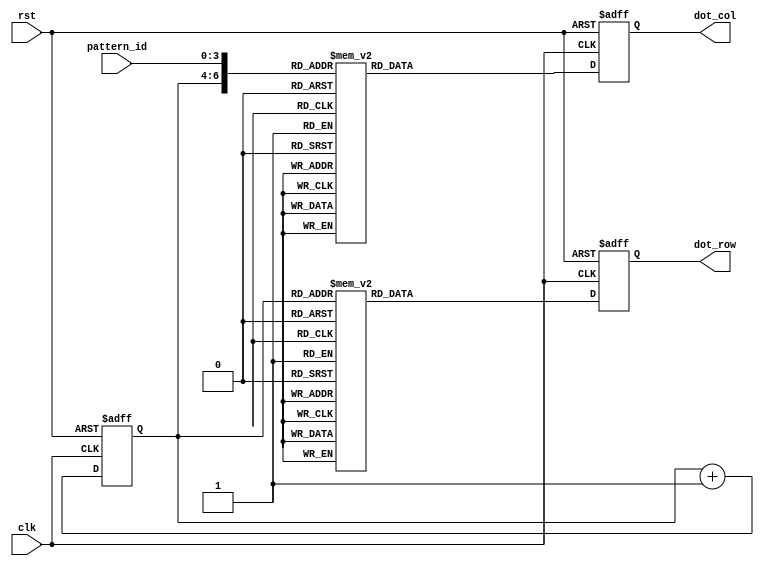
module display_matrix(clk, rst, pattern_id, dot_row, dot_col);
	input				clk, rst;
	input		[3:0]	pattern_id;
	output reg	[7:0]	dot_row, dot_col;
	reg			[2:0]	row_cnt;

	always @(posedge clk or negedge rst) begin
		if (!rst) begin
			dot_row <= 0;
			dot_col <= 0;
			row_cnt <= 0;
		end
		else begin
			case ({row_cnt, pattern_id})
				7'b000_0001: dot_col <= 8'b00000000;
				7'b001_0001: dot_col <= 8'b00000000;
				7'b010_0001: dot_col <= 8'b00000000;
				7'b011_0001: dot_col <= 8'b00000000;
				7'b100_0001: dot_col <= 8'b00010000;
				7'b101_0001: dot_col <= 8'b00000000;
				7'b110_0001: dot_col <= 8'b00000000;
				7'b111_0001: dot_col <= 8'b00000000;

				7'b000_0010: dot_col <= 8'b00000000;
				7'b001_0010: dot_col <= 8'b00000000;
				7'b010_0010: dot_col <= 8'b00000000;
				7'b011_0010: dot_col <= 8'b00011000;
				7'b100_0010: dot_col <= 8'b00011000;
				7'b101_0010: dot_col <= 8'b00000000;
				7'b110_0010: dot_col <= 8'b00000000;
				7'b111_0010: dot_col <= 8'b00000000;

				7'b000_0011: dot_col <= 8'b00000000;
				7'b001_0011: dot_col <= 8'b00000000;
				7'b010_0011: dot_col <= 8'b00000000;
				7'b011_0011: dot_col <= 8'b00110000;
				7'b100_0011: dot_col <= 8'b00101000;
				7'b101_0011: dot_col <= 8'b00010000;
				7'b110_0011: dot_col <= 8'b00000000;
				7'b111_0011: dot_col <= 8'b00000000;

				7'b000_0100: dot_col <= 8'b00000000;
				7'b001_0100: dot_col <= 8'b00000000;
				7'b010_0100: dot_col <= 8'b00000000;
				7'b011_0100: dot_col <= 8'b00010000;
				7'b100_0100: dot_col <= 8'b00101000;
				7'b101_0100: dot_col <= 8'b00010000;
				7'b110_0100: dot_col <= 8'b00000000;
				7'b111_0100: dot_col <= 8'b00000000;

				7'b000_0101: dot_col <= 8'b00000000;
				7'b001_0101: dot_col <= 8'b00000000;
				7'b010_0101: dot_col <= 8'b00000000;
				7'b011_0101: dot_col <= 8'b00011000;
				7'b100_0101: dot_col <= 8'b00100100;
				7'b101_0101: dot_col <= 8'b00011000;
				7'b110_0101: dot_col <= 8'b00000000;
				7'b111_0101: dot_col <= 8'b00000000;

				7'b000_0110: dot_col <= 8'b00000000;
				7'b001_0110: dot_col <= 8'b00000000;
				7'b010_0110: dot_col <= 8'b00011000;
				7'b011_0110: dot_col <= 8'b00100100;
				7'b100_0110: dot_col <= 8'b00010100;
				7'b101_0110: dot_col <= 8'b00001000;
				7'b110_0110: dot_col <= 8'b00000000;
				7'b111_0110: dot_col <= 8'b00000000;

				7'b000_0111: dot_col <= 8'b00000000;
				7'b001_0111: dot_col <= 8'b00000000;
				7'b010_0111: dot_col <= 8'b00000000;
				7'b011_0111: dot_col <= 8'b00000000;
				7'b100_0111: dot_col <= 8'b00111000;
				7'b101_0111: dot_col <= 8'b00000000;
				7'b110_0111: dot_col <= 8'b00000000;
				7'b111_0111: dot_col <= 8'b00000000;

				7'b000_1000: dot_col <= 8'b00000000;
				7'b001_1000: dot_col <= 8'b00000000;
				7'b010_1000: dot_col <= 8'b00110000;
				7'b011_1000: dot_col <= 8'b00110000;
				7'b100_1000: dot_col <= 8'b00001100;
				7'b101_1000: dot_col <= 8'b00001100;
				7'b110_1000: dot_col <= 8'b00000000;
				7'b111_1000: dot_col <= 8'b00000000;

				7'b000_1001: dot_col <= 8'b00000000;
				7'b001_1001: dot_col <= 8'b00000000;
				7'b010_1001: dot_col <= 8'b00000000;
				7'b011_1001: dot_col <= 8'b00010000;
				7'b100_1001: dot_col <= 8'b00001000;
				7'b101_1001: dot_col <= 8'b00111000;
				7'b110_1001: dot_col <= 8'b00000000;
				7'b111_1001: dot_col <= 8'b00000000;

				7'b000_1010: dot_col <= 8'b00000000;
				7'b001_1010: dot_col <= 8'b00000000;
				7'b010_1010: dot_col <= 8'b01001000;
				7'b011_1010: dot_col <= 8'b00000100;
				7'b100_1010: dot_col <= 8'b01000100;
				7'b101_1010: dot_col <= 8'b00111100;
				7'b110_1010: dot_col <= 8'b00000000;
				7'b111_1010: dot_col <= 8'b00000000;

				7'b000_1011: dot_col <= 8'b00000000;
				7'b001_1011: dot_col <= 8'b00000000;
				7'b010_1011: dot_col <= 8'b00010000;
				7'b011_1011: dot_col <= 8'b01000100;
				7'b100_1011: dot_col <= 8'b00000010;
				7'b101_1011: dot_col <= 8'b01000010;
				7'b110_1011: dot_col <= 8'b00111110;
				7'b111_1011: dot_col <= 8'b00000000;

				7'b000_1100: dot_col <= 8'b00000000;
				7'b001_1100: dot_col <= 8'b00000000;
				7'b010_1100: dot_col <= 8'b00101000;
				7'b011_1100: dot_col <= 8'b01000000;
				7'b100_1100: dot_col <= 8'b00100100;
				7'b101_1100: dot_col <= 8'b00001110;
				7'b110_1100: dot_col <= 8'b00000000;
				7'b111_1100: dot_col <= 8'b00000000;

				7'b000_1101: dot_col <= 8'b00000000;
				7'b001_1101: dot_col <= 8'b00000000;
				7'b010_1101: dot_col <= 8'b00111000;
				7'b011_1101: dot_col <= 8'b00000000;
				7'b100_1101: dot_col <= 8'b00010000;
				7'b101_1101: dot_col <= 8'b00010000;
				7'b110_1101: dot_col <= 8'b00010000;
				7'b111_1101: dot_col <= 8'b00000000;

				7'b000_1110: dot_col <= 8'b00000000;
				7'b001_1110: dot_col <= 8'b00000000;
				7'b010_1110: dot_col <= 8'b00000000;
				7'b011_1110: dot_col <= 8'b00110100;
				7'b100_1110: dot_col <= 8'b00100100;
				7'b101_1110: dot_col <= 8'b00101100;
				7'b110_1110: dot_col <= 8'b00000000;
				7'b111_1110: dot_col <= 8'b00000000;

				7'b000_1111: dot_col <= 8'b00000000;
				7'b001_1111: dot_col <= 8'b00000000;
				7'b010_1111: dot_col <= 8'b00000000;
				7'b011_1111: dot_col <= 8'b01000000;
				7'b100_1111: dot_col <= 8'b00010000;
				7'b101_1111: dot_col <= 8'b11001110;
				7'b110_1111: dot_col <= 8'b00000000;
				7'b111_1111: dot_col <= 8'b00000000;

				default: dot_col <= 0;
			endcase
			case (row_cnt)
				3'd0: dot_row <= 8'b01111111;	
				3'd1: dot_row <= 8'b10111111;	
				3'd2: dot_row <= 8'b11011111;	
				3'd3: dot_row <= 8'b11101111;	
				3'd4: dot_row <= 8'b11110111;	
				3'd5: dot_row <= 8'b11111011;	
				3'd6: dot_row <= 8'b11111101;	
				3'd7: dot_row <= 8'b11111110;	
			endcase
			row_cnt <= row_cnt + 1;
		end
	end
endmodule